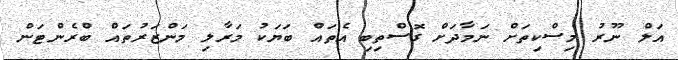
އަލް ނޫރު މިސްކިތަށް ނަމާދަށް ގޮސްތިބި އެތައް ބަޔަކު މަރާލި މަންޒަރުތައް ބްރެންޓަން